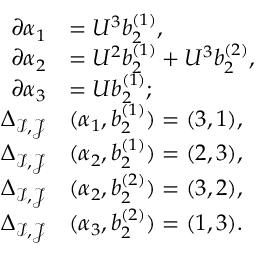
\begin{array} { r l } { \partial \alpha _ { 1 } } & { = U ^ { 3 } b _ { 2 } ^ { ( 1 ) } , } \\ { \partial \alpha _ { 2 } } & { = U ^ { 2 } b _ { 2 } ^ { ( 1 ) } + U ^ { 3 } b _ { 2 } ^ { ( 2 ) } , } \\ { \partial \alpha _ { 3 } } & { = U b _ { 2 } ^ { ( 1 ) } ; } \\ { \Delta _ { \mathcal { I } , \mathcal { J } } } & { ( \alpha _ { 1 } , b _ { 2 } ^ { ( 1 ) } ) = ( 3 , 1 ) , } \\ { \Delta _ { \mathcal { I } , \mathcal { J } } } & { ( \alpha _ { 2 } , b _ { 2 } ^ { ( 1 ) } ) = ( 2 , 3 ) , } \\ { \Delta _ { \mathcal { I } , \mathcal { J } } } & { ( \alpha _ { 2 } , b _ { 2 } ^ { ( 2 ) } ) = ( 3 , 2 ) , } \\ { \Delta _ { \mathcal { I } , \mathcal { J } } } & { ( \alpha _ { 3 } , b _ { 2 } ^ { ( 2 ) } ) = ( 1 , 3 ) . } \end{array}